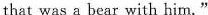
that was a bear with him."